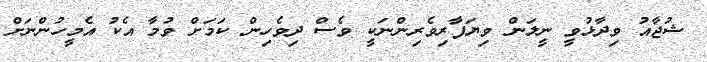
ޝުޖާއު ވިދާޅުވީ ނީލަން ވިޔަފާރިވެރިންނަކީ ވެސް ދިވެހިން ކަމަށް ވުމާ އެކު އެމީހުންނަށް